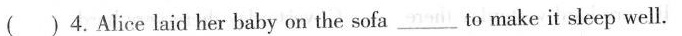
( )4.Alice laid her baby on the sofa ___ to make it sleep well.